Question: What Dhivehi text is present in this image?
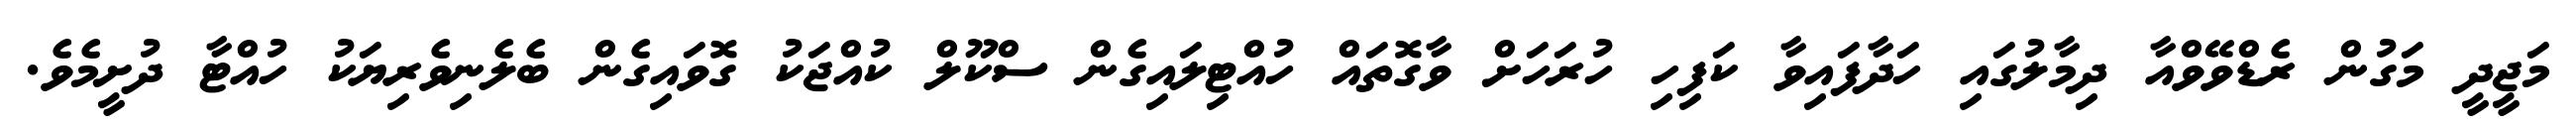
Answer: މަޖީދީ މަގުން ރެޑްވޭވްއާ ދިމާލުގައި ހަދާފައިވާ ކަފިހި ހުރަހަށް ވާގޮތައް ހުއްޓިލައިގެން ސްކޫލް ކުއްޖަކު ގޮވައިގެން ބެލެނިވެރިޔަކު ހުއްޓާ ދުށީމެވެ.